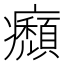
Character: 㿗